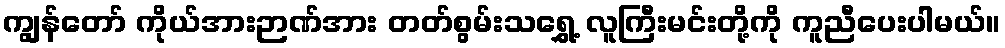
ကျွန်တော် ကိုယ်အားဉာဏ်အား တတ်စွမ်းသရွှေ့ လူကြီးမင်းတို့ကို ကူညီပေးပါမယ်။